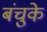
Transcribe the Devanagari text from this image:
बंचुके